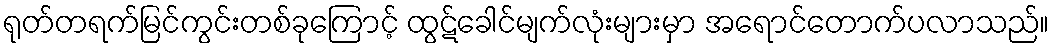
ရုတ်တရက်မြင်ကွင်းတစ်ခုကြောင့် ထွဋ်ခေါင်မျက်လုံးများမှာ အရောင်တောက်ပလာသည်။